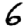
Digit: 6